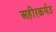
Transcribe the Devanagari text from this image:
अहीरकर्मठ